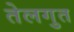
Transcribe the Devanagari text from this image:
तेलगुत